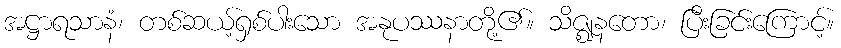
အဋ္ဌာရသာနံ၊ တစ်ဆယ့်ရှစ်ပါးသော အနုပဿနာတို့၏။ သိဇ္ဈနတော၊ ပြီးခြင်းကြောင့်။